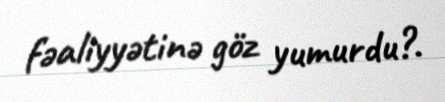
fəaliyyətinə göz yumurdu?.